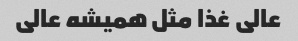
عالی غذا مثل همیشه عالی